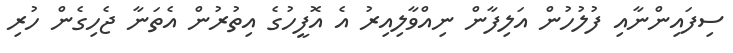
ސިފައިންނާއި ފުލުހުން އަލިފާން ނިއްވާލިއިރު އެ އޮފީހުގެ އިތުރުން އެތަނާ ޖެހިގެން ހުރި